Annual administration report of the Civil Veterinary Department of India - 1908-1909
Year: 1908
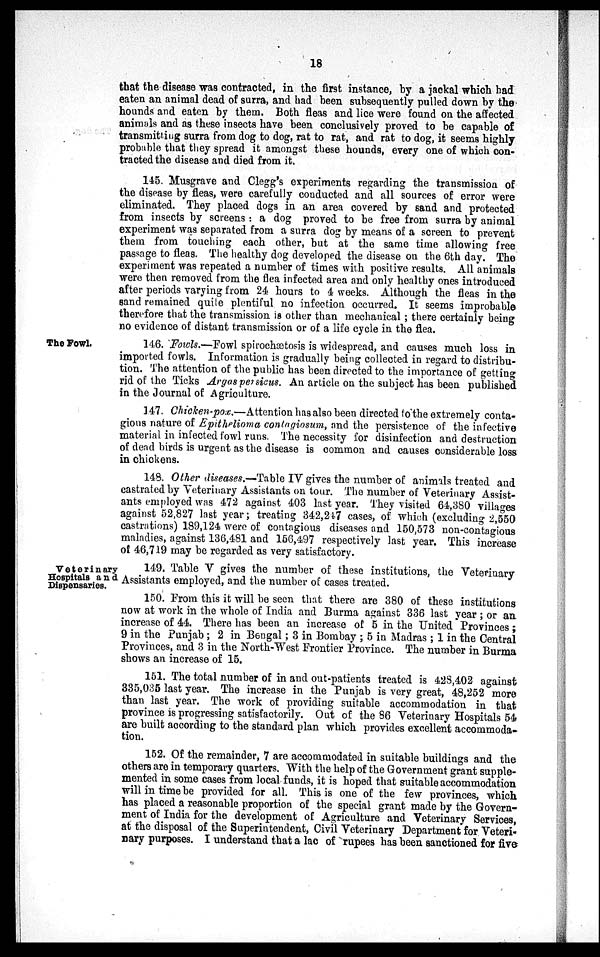
18
that the disease was contracted, in the first instance, by a jackal which had
eaten an animal dead of surra, and had been subsequently pulled down by the
hounds and eaten by them. Both fleas and lice were found on the affected
animals and as these insects have been conclusively proved to be capable of
transmitting surra from dog to dog, rat to rat, and rat to dog, it seems highly
probable that they spread it amongst these hounds, every one of which con-
tracted the disease and died from it.
145. Musgrave and Clegg's experiments regarding the transmission of
the disease by fleas, were carefully conducted and all sources of error were
eliminated. They placed dogs in an area covered by sand and protected
from insects by screens: a dog proved to be free from surra by animal
experiment was separated from a surra dog by means of a screen to prevent
them from touching each other, but at the same time allowing free
passage to fleas. The healthy dog developed the disease on the 6th day. The
experiment was repeated a number of times with positive results. All animals
were then removed from the flea infected area and only healthy ones introduced
after periods varying from 24 hours to 4 weeks. Although the fleas in the
sand remained quite plentiful no infection occurred. It seems improbable
therefore that the transmission is other than mechanical; there certainly being
no evidence of distant transmission or of a life cycle in the flea.
The Fowl.
146. Fowls.—Fowl spirochætosis is widespread, and causes much loss in
imported fowls. Information is gradually being collected in regard to distribu-
tion. The attention of the public has been directed to the importance of getting
rid of the Ticks Argaspersicus. An article on the subject has been published
in the Journal of Agriculture.
147. Chicken-pox.—Attention has also been directed to the extremely conta-
gious nature of Epithelioma contagiosum, and the persistence of the infective
material in infected fowl runs. The necessity for disinfection and destruction
of dead birds is urgent as the disease is common and causes considerable loss
in chickens.
148. Other diseases.—Table IV gives the number of animals treated and
castrated by Veterinary Assistants on tour. The number of Veterinary Assist-
ants employed was 472 against 403 last year. They visited 64,380 villages
against 52,827 last year; treating 342,247 cases, of which (excluding 2,550
castrations) 189,124 were of contagious diseases and 150,573 non-contagious
maladies, against 136,481 and 156,497 respectively last year. This increase
of 46,719 may be regarded as very satisfactory.
Veterinary
Hospitals and
Dispensaries.
149. Table V gives the number of these institutions, the Veterinary
Assistants employed, and the number of cases treated.
150. From this it will be seen that there are 380 of these institutions
now at work in the whole of India and Burma against 336 last year; or an
increase of 44. There has been an increase of 5 in the United Provinces;
9 in the Punjab; 2 in Bengal; 3 in Bombay; 5 in Madras; 1 in the Central
Provinces, and 3 in the North-West Frontier Province. The number in Burma
shows an increase of 15.
151. The total number of in and out-patients treated is 428,402 against
335,035 last year. The increase in the Punjab is very great, 48,252 more
than last year. The work of providing suitable accommodation in that
province is progressing satisfactorily. Out of the 86 Veterinary Hospitals 54
are built according to the standard plan which provides excellent accommoda-
tion.
152. Of the remainder, 7 are accommodated in suitable buildings and the
others are in temporary quarters. With the help of the Government grant supple-
mented in some cases from local funds, it is hoped that suitable accommodation
will in time be provided for all. This is one of the few provinces, which
has placed a reasonable proportion of the special grant made by the Govern-
ment of India for the development of Agriculture and Veterinary Services,
at the disposal of the Superintendent, Civil Veterinary Department for Veteri-
nary purposes. I understand that a lac of rupees has been sanctioned for five